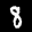
Label: 8